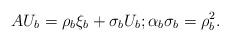
LaTeX: \begin{align*}AU_b=\rho_b\xi_b+\sigma_bU_b; \alpha_b\sigma_b=\rho_b^2.\end{align*}